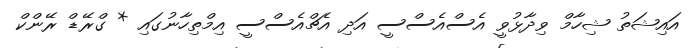
އައިޝަތު ޝިހާމް ވިދާޅުވީ އެސްއެސްސީ އަދި އެޗްއެސްސީ އިމްތިހާނުގައި * ގްރޭޑް ރޭންކް